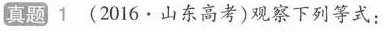
真题1(2016·山东高考)观察下列等式：